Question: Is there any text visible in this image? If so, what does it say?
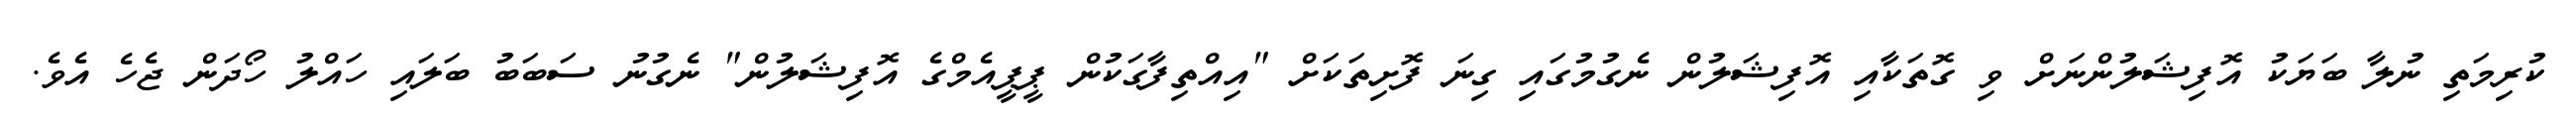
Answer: ކުރިމަތި ނުލާ ބަޔަކު އޮފިޝަލުންނަށް ވި ގޮތަކާއި އޮފިޝަލުން ނެގުމުގައި ގިނަ ފޮށިތަކަށް "އިއްތިފާގަކުން ޕީޕީއެމްގެ އޮފިޝަލުން" ނެގުނު ސަބަބު ބަލައި ހައްލު ހޯދަން ޖެހެ އެވެ.